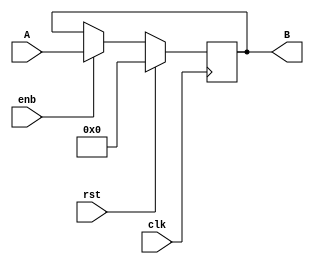
module register_WE #(parameter W = 8) (A,B,clk,rst,enb);
		input [W-1:0] A;
		input clk,rst,enb;
		output reg [W-1:0] B;
		
		always@(posedge clk)
		begin
		// if reset = 1; output is 0
		// else, parallel load is loaded to the output with the condiiton write enable
		if(rst == 1) begin
			B = 0;
		end
		else begin
			if(enb == 1) begin
				B = A;
			end
		end		
		end
endmodule